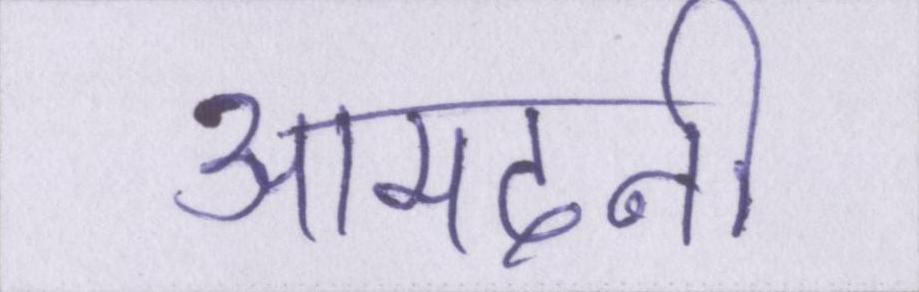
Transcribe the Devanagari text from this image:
आमदनी